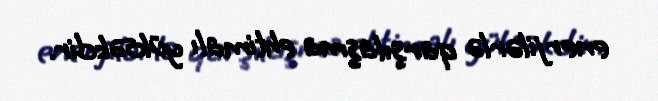
enerjilərlə qarşılaşma ehtimalı yüksəkdir.